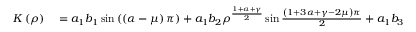
\begin{array} { r l } { K \left( \rho \right) } & { { } = a _ { 1 } b _ { 1 } \sin \left( \left( \alpha - \mu \right) \pi \right) + a _ { 1 } b _ { 2 } \rho ^ { \frac { 1 + \alpha + \gamma } { 2 } } \sin \frac { \left( 1 + 3 \alpha + \gamma - 2 \mu \right) \pi } { 2 } + a _ { 1 } b _ { 3 } \rho ^ { 1 + \alpha + \gamma } \sin \left( \left( 1 + 2 \alpha + \gamma - \mu \right) \pi \right) } \end{array}